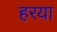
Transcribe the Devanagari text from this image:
हरया